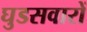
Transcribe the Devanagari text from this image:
घुडसवारों